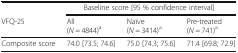
|  | <COLSPAN=3> Baseline score [95 % confidence interval] |
 | VFQ-25 | All (N = 4844)a | Naïve (N = 3414)a | Pre-treated (N = 741)a |
 | --- | --- | --- | --- |
 | Composite score | 74.0 [73.5; 74.6] | 75.0 [74.3; 75.6] | 71.4 [69.8; 72.9] |